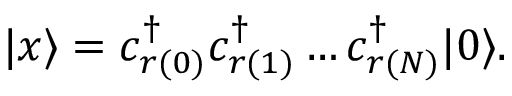
| x \rangle = c _ { r ( 0 ) } ^ { \dagger } c _ { r ( 1 ) } ^ { \dagger } \ldots c _ { r ( N ) } ^ { \dagger } | 0 \rangle .